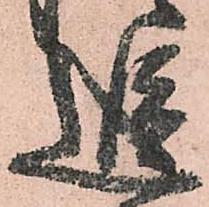
追